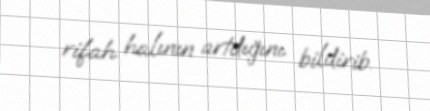
rifah halının artdığını bildirib.